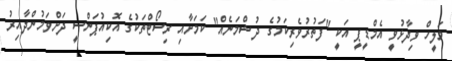
މަލީހް ވިދާޅުވީ އެމްޑީޕީ އަކީ "ފަތުރުވެރިކަމުގެ ދުޝްމަނެއް" ކަމަށާއި ރިސޯޓްތަކުގެ އޮކިއުޕަންސީ ދަށްވަމުންދާއިރު